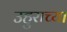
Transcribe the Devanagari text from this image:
उहुराच्या